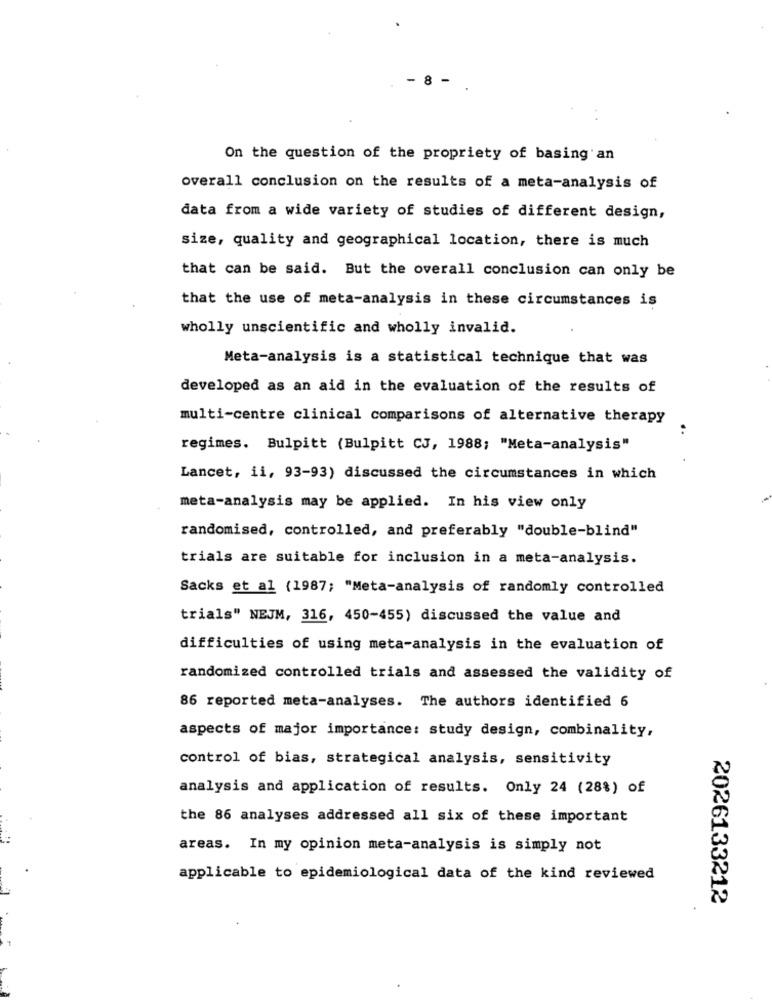
- 8
On the question of the propriety of basing an
overall conclusion on the results of a meta-analysis of
data from a wide variety of studies of different design,
size, quality and geographical location, there is much
that can be said. But the overall conclusion can only be
that the use of meta-analysis in these circumstances is
wholly unscientific and wholly invalid.
Meta-analysis is a statistical technique that was
developed as an aid in the evaluation of the results of
multi-centre clinical comparisons of alternative therapy
regimes. Bulpitt (Bulpitt CJ, 1988; "Meta-analysis"
Lancet, ii, 93-93) discussed the circumstances in which
meta-analysis may be applied. In his view only
randomised, controlled, and preferably "double-blind"
trials are suitable for inclusion in a meta-analysis.
Sacks et al (1987; "Meta-analysis of randomly controlled
trials" NEJM, 316, 450-455) discussed the value and
difficulties of using meta-analysis in the evaluation of
randomized controlled trials and assessed the validity of
86 reported meta-analyses. The authors identified 6
aspects of major importance: study design, combinality,
control of bias, strategical analysis, sensitivity
analysis and application of results. Only 24 (28%) of
the 86 analyses addressed all six of these important
areas. In my opinion meta-analysis is simply not
applicable to epidemiological data of the kind reviewed
2026133212